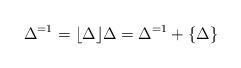
LaTeX: \begin{align*}\Delta^{=1}=\lfloor \Delta\rfloor {{}} \Delta=\Delta^{=1}+\{\Delta\}\end{align*}